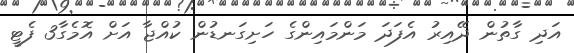
އަދި ގާތުން ދޭއިރު އެފަދަ މަންމައިންގެ ހަށިގަނޑުން ކުއްޖާ އަށް އޮމެގާ3 ފެޓީ